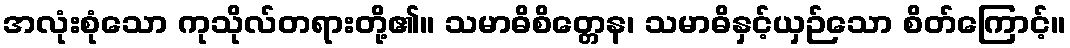
အလုံးစုံသော ကုသိုလ်တရားတို့၏။ သမာဓိစိတ္တေန၊ သမာဓိနှင့်ယှဉ်သော စိတ်ကြောင့်။